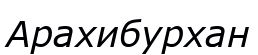
Арахибурхан